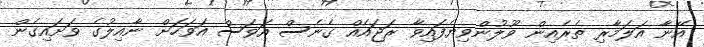
އޭނާ އަލަމާރި ތެރެއިން ވޫލުންވިޔެފައިވާ ރަޖައެއް ގެނެސް އަވަސް އަވަހަށް ނާއިލުގެ ވަށައިގެން